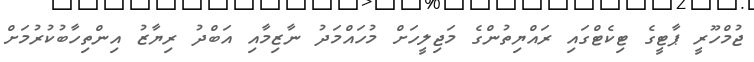
ޖުމްހޫރީ ޕާޓީގެ ޓިކެޓްގައި ރައްޔިތުންގެ މަޖިލީހަށް މުހައްމަދު ނާޒިމާއި އަބްދު ރިޔާޒު އިންތިހާބުކުރުމަށް